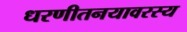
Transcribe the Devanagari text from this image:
धरणीतनयावरस्य